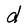
Character: d